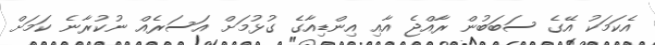
އެކަމަކު އޭގެ ސަބަބުން ރާއްޖެ އާއި އިންޑިއާގެ ގުޅުމަށް އަަސަރެއް ނުކުރާނެ ކަމަށް